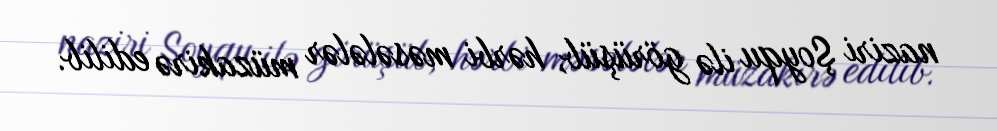
naziri Şoyqu ilə görüşüb, hərbi məsələlər müzakirə edilib.